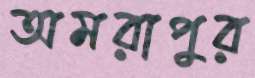
অমরাপুর